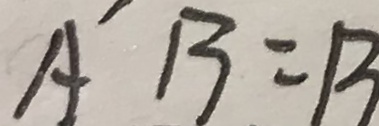
A ^ { \prime } B = B